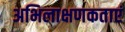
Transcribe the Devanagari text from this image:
अभिलाक्षणकताएं